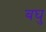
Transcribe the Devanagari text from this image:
बघु